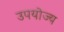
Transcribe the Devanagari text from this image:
उपयोज्य